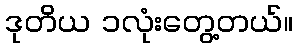
ဒုတိယ ၁လုံးတွေ့တယ်။